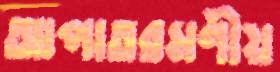
আপাতরমণীয়